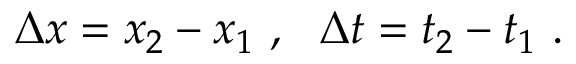
\Delta x = x _ { 2 } - x _ { 1 } \ , \ \ \Delta t = t _ { 2 } - t _ { 1 } \ .